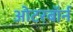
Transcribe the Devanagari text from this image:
ओटरबॉर्न